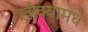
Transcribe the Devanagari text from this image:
खोक्यामधे